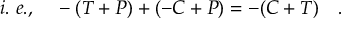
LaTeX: i . ~ e . , ~ ~ ~ - ( T + P ) + ( - C + P ) = - ( C + T ) ~ ~ ~ .